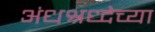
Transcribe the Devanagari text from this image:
अंधश्रध्देच्या